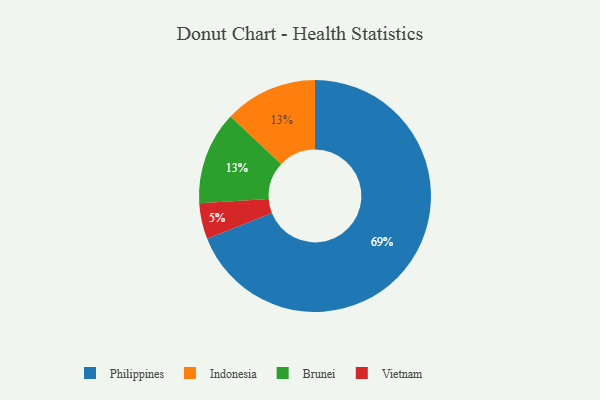
{"axis": {"x": "Category", "y": "Percentage"}, "legend": ["Brunei", "Indonesia", "Philippines", "Vietnam"], "data": [{"x": "Indonesia", "y": 13, "type": "Indonesia"}, {"x": "Brunei", "y": 13, "type": "Brunei"}, {"x": "Philippines", "y": 69, "type": "Philippines"}, {"x": "Vietnam", "y": 5, "type": "Vietnam"}]}